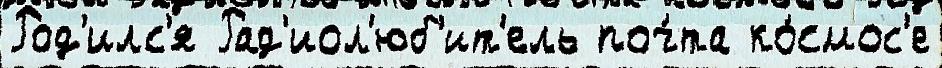
Род'илс'я Рад'иол'юб'ит'ель поч́та ко́смос'е